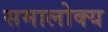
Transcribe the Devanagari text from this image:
समालोक्य